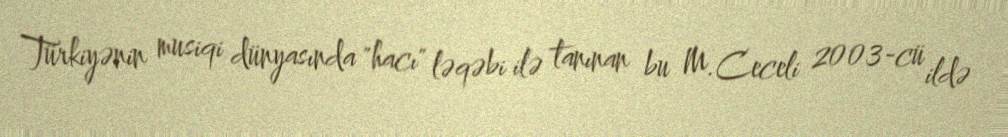
Türkiyənin musiqi dünyasında "hacı" ləqəbi ilə tanınan bu M.Ceceli 2003-cü ildə